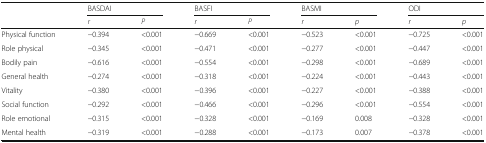
<table><thead><tr><td rowspan="2"></td><td colspan="2"><b>BASDAI</b></td><td colspan="2"><b>BASFI</b></td><td colspan="2"><b>BASMI</b></td><td colspan="2"><b>ODI</b></td></tr><tr><td><b><i>r</i></b></td><td><b><i>P</i></b></td><td><b><i>r</i></b></td><td><b><i>P</i></b></td><td><b><i>r</i></b></td><td><b><i>p</i></b></td><td><b><i>r</i></b></td><td><b><i>p</i></b></td></tr></thead><tbody><tr><td>Physical function</td><td>−0.394</td><td>&lt;0.001</td><td>−0.669</td><td>&lt;0.001</td><td>−0.523</td><td>&lt;0.001</td><td>−0.725</td><td>&lt;0.001</td></tr><tr><td>Role physical</td><td>−0.345</td><td>&lt;0.001</td><td>−0.471</td><td>&lt;0.001</td><td>−0.277</td><td>&lt;0.001</td><td>−0.447</td><td>&lt;0.001</td></tr><tr><td>Bodily pain</td><td>−0.616</td><td>&lt;0.001</td><td>−0.554</td><td>&lt;0.001</td><td>−0.298</td><td>&lt;0.001</td><td>−0.689</td><td>&lt;0.001</td></tr><tr><td>General health</td><td>−0.274</td><td>&lt;0.001</td><td>−0.318</td><td>&lt;0.001</td><td>−0.224</td><td>&lt;0.001</td><td>−0.443</td><td>&lt;0.001</td></tr><tr><td>Vitality</td><td>−0.380</td><td>&lt;0.001</td><td>−0.396</td><td>&lt;0.001</td><td>−0.227</td><td>&lt;0.001</td><td>−0.388</td><td>&lt;0.001</td></tr><tr><td>Social function</td><td>−0.292</td><td>&lt;0.001</td><td>−0.466</td><td>&lt;0.001</td><td>−0.296</td><td>&lt;0.001</td><td>−0.554</td><td>&lt;0.001</td></tr><tr><td>Role emotional</td><td>−0.315</td><td>&lt;0.001</td><td>−0.328</td><td>&lt;0.001</td><td>−0.169</td><td>0.008</td><td>−0.328</td><td>&lt;0.001</td></tr><tr><td>Mental health</td><td>−0.319</td><td>&lt;0.001</td><td>−0.288</td><td>&lt;0.001</td><td>−0.173</td><td>0.007</td><td>−0.378</td><td>&lt;0.001</td></tr></tbody></table>